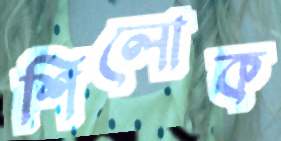
শিলোক